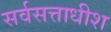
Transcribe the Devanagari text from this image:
सर्वसत्ताधीश